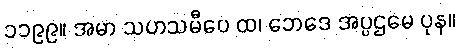
၁၁၉၉။ အမာ သဟသမီပေ ထ၊ ဘေဒေ အပ္ပဌမေ ပုန။